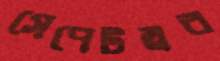
সেপেটম্বর